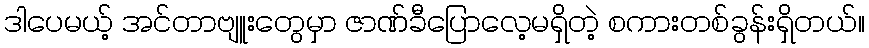
ဒါပေမယ့် အင်တာဗျူးတွေမှာ ဇာဏ်ခီပြောလေ့မရှိတဲ့ စကားတစ်ခွန်းရှိတယ်။